Civil Veterinary Dept. North-West Frontier Province 1901-22 - 1901-1922
Year: 1901
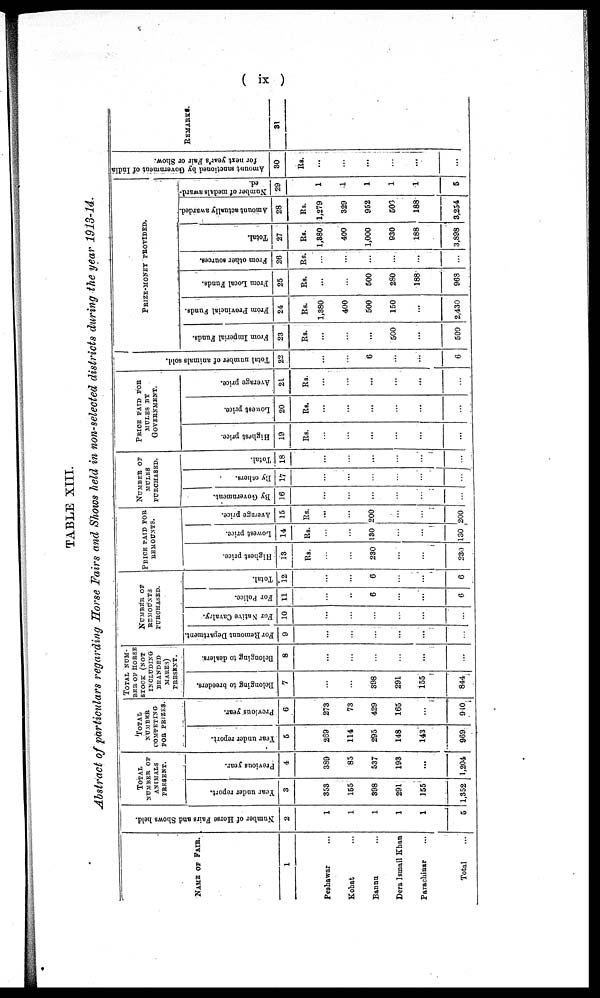
( ix )
TABLE XIII.
Abstract of particulars regarding Horse Fairs and Shows held in non-selected districts during the year 1913-14.
NAME OF FAIR.
1
Peshawar ...
Kohat ...
Bannu ...
Dera Ismail Khan
Parachinar ...
Total ...
Number of Horse Fairs and Shows held.
2
1
1
1
1
1
5
TOTAL
NUMBER OF
ANIMALS
PRESENT.
Year uuder report.
3
353
155
398
291
155
1,352
Previous year.
4
389
85
537
193
...
1,204
TOTAL
NUMBER
FOR PRIZES.
Year under report.
5
269
114
295
148
143
969
Previous year.
6
273
73
429
165
...
910
TOTAL
NUM-
---
OF HORSE
STOCK (NOT
INCLUDING
BRANDED
MARES)
PRESENT.
Belonging to breeders.
7
...
...
398
291
155
844
Belonging to dealers.
8
...
...
...
...
...
...
NUMBER OF
REMONTS
PURCHASED.
For Remount Department.
9
...
...
...
...
...
...
For Native Cavalry.
10
...
...
...
...
...
...
For Police.
11
...
..
6
...
...
6
Total.
12
...
...
6
...
...
6
PRICE PAID FOR
REMOUNTS.
Highest price.
13
Rs.
...
...
230
...
...
230
Lowest price.
14
Rs.
...
...
130
...
...
130
Avernge price.
15
Rs.
...
...
200
...
...
200
NUMBER OF
MULES
PURCHASED.
By Government.
16
...
...
...
...
...
...
By others.
17
...
...
...
...
...
...
Total.
18
...
...
...
...
...
...
PRICE PAID FOR
MULES BY
GOVERNMENT.
Highest price.
19
Rs.
...
...
...
...
...
...
Lowest price.
20
Rs.
...
...
...
...
...
...
Average price.
21
Rs.
...
...
...
...
...
...
Total number of animals sold.
22
...
...
6
...
...
6
PRIZE-MONEY PROVIDED.
From Imperial Funds.
23
Rs.
...
...
...
500
...
500
From Provincial Funds.
24
Rs.
1,380
400
500
150
...
2,430
From Local Funds.
25
Rs.
...
...
500
280
188
963
From other sources.
26
Rs.
...
...
...
...
...
...
Total.
27
Rs.
1,880
400
1,000
930
188
3,898
Amount actually awarded.
28
Rs.
1,279
329
952
503
188
3,254
Number of medals award-
ed.
29
1
1
1
1
1
5
Amount sanctioned by Government of India
for next year's Fair or Show.
30
Rs.
...
...
...
...
...
...
REMARKS
31